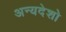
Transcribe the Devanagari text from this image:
अन्यदेशो